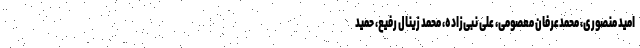
امید منصوری، محمدعرفان معصومی، علی نبی‌زاده، محمد زینال رفیع، حمید